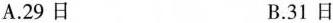
A.29日 B.31日